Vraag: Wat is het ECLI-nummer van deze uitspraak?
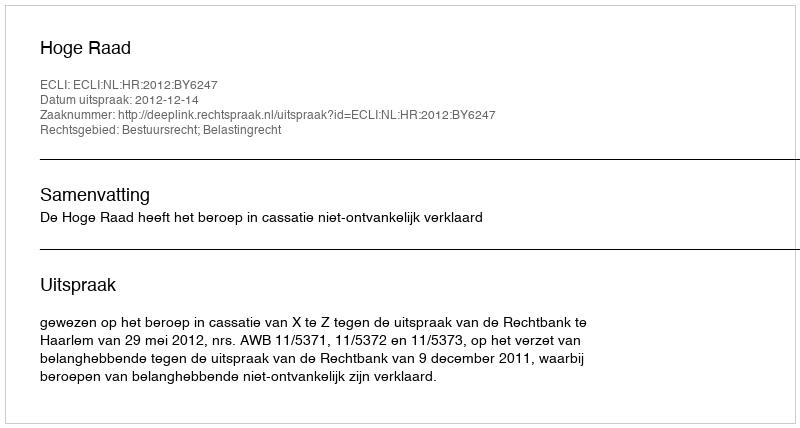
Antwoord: ECLI:NL:HR:2012:BY6247